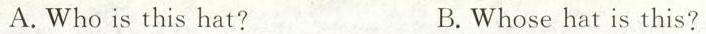
A.Who is this hat? B.Whose hat is this?